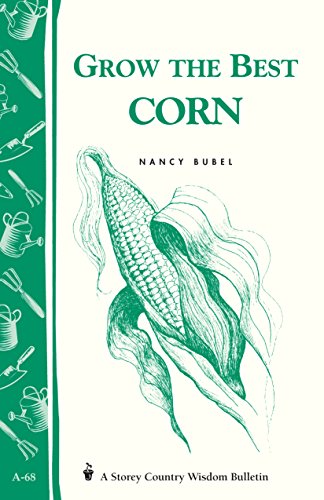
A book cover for Grow the Best Corn (Country Wisdom Bulletins A-68); Nancy Bubel; Cookbooks, Food & Wine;